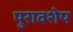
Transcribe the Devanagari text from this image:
पुरावशेप